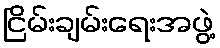
ငြိမ်းချမ်းရေးအဖွဲ့